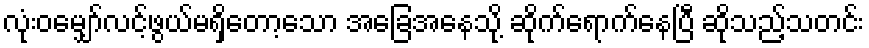
လုံးဝမျှော်လင့်ဖွယ်မရှိတော့သော အခြေအနေသို့ ဆိုက်ရောက်နေပြီ ဆိုသည့်သတင်း